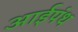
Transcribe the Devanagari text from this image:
आईपंथ